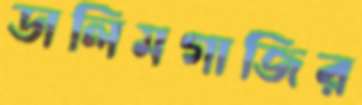
ডালিমগাজির